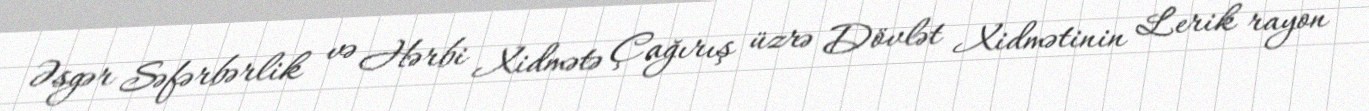
Əsgər Səfərbərlik və Hərbi Xidmətə Çağırış üzrə Dövlət Xidmətinin Lerik rayon